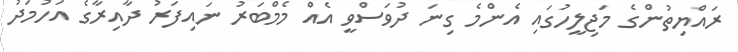
ރައްޔިތުންގެ މަޖިލީހުގައި އެންމެ ގިނަ ދުވަސްވީ އެއް މެމްބަރު ނައިފަރު ދާއިރާގެ އަހުމަދު